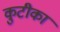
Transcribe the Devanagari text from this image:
कुटीका